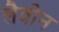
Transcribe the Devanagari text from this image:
लैवोन